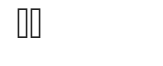
٤٧